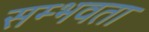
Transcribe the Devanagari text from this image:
सम्भवता